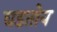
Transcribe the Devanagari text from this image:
घडतोय